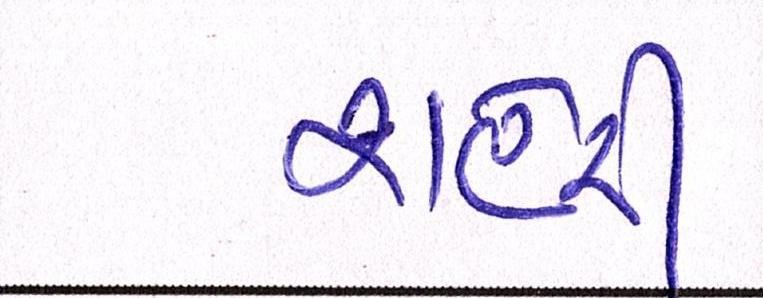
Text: શહેરી